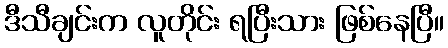
ဒီသီချင်းက လူတိုင်း ရပြီးသား ဖြစ်နေပြီ။